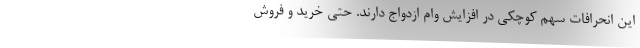
این انحرافات سهم کوچکی در افزایش وام ازدواج دارند. حتی خرید و فروش